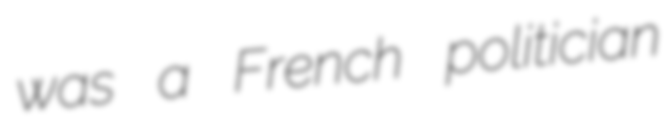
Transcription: was a French politician